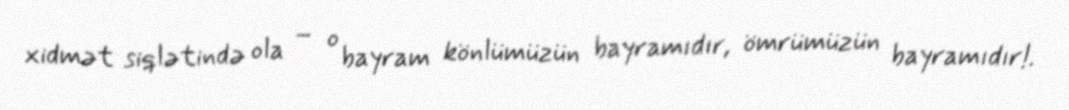
xidmət siqlətində ola – o bayram könlümüzün bayramıdır, ömrümüzün bayramıdır!.